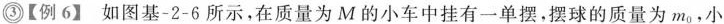
3【例6】如图基-2-6所示，在质量为M的小车中挂有一单摆，摆球的质量为m_{0}，小